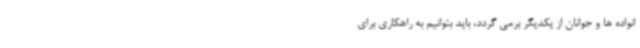
انواده ها و جوانان از یکدیگر برمی گردد، باید بتوانیم به راهکاری برای